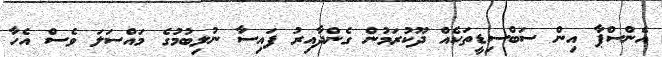
އެންސްޕާ އިން ސަބްސިޑީތަކެއް ދޫކުރަމުން ގެންދާއިރު ފައިސާ ނުލިބުމުގެ މައްސަލަ ވެސް އެހާ